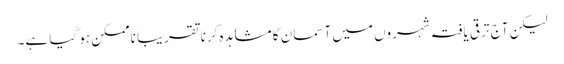
لیکن آج ترقی یافتہ شہروں میں آسمان کا مشاہدہ کرنا تقریباً ناممکن ہو گیا ہے۔